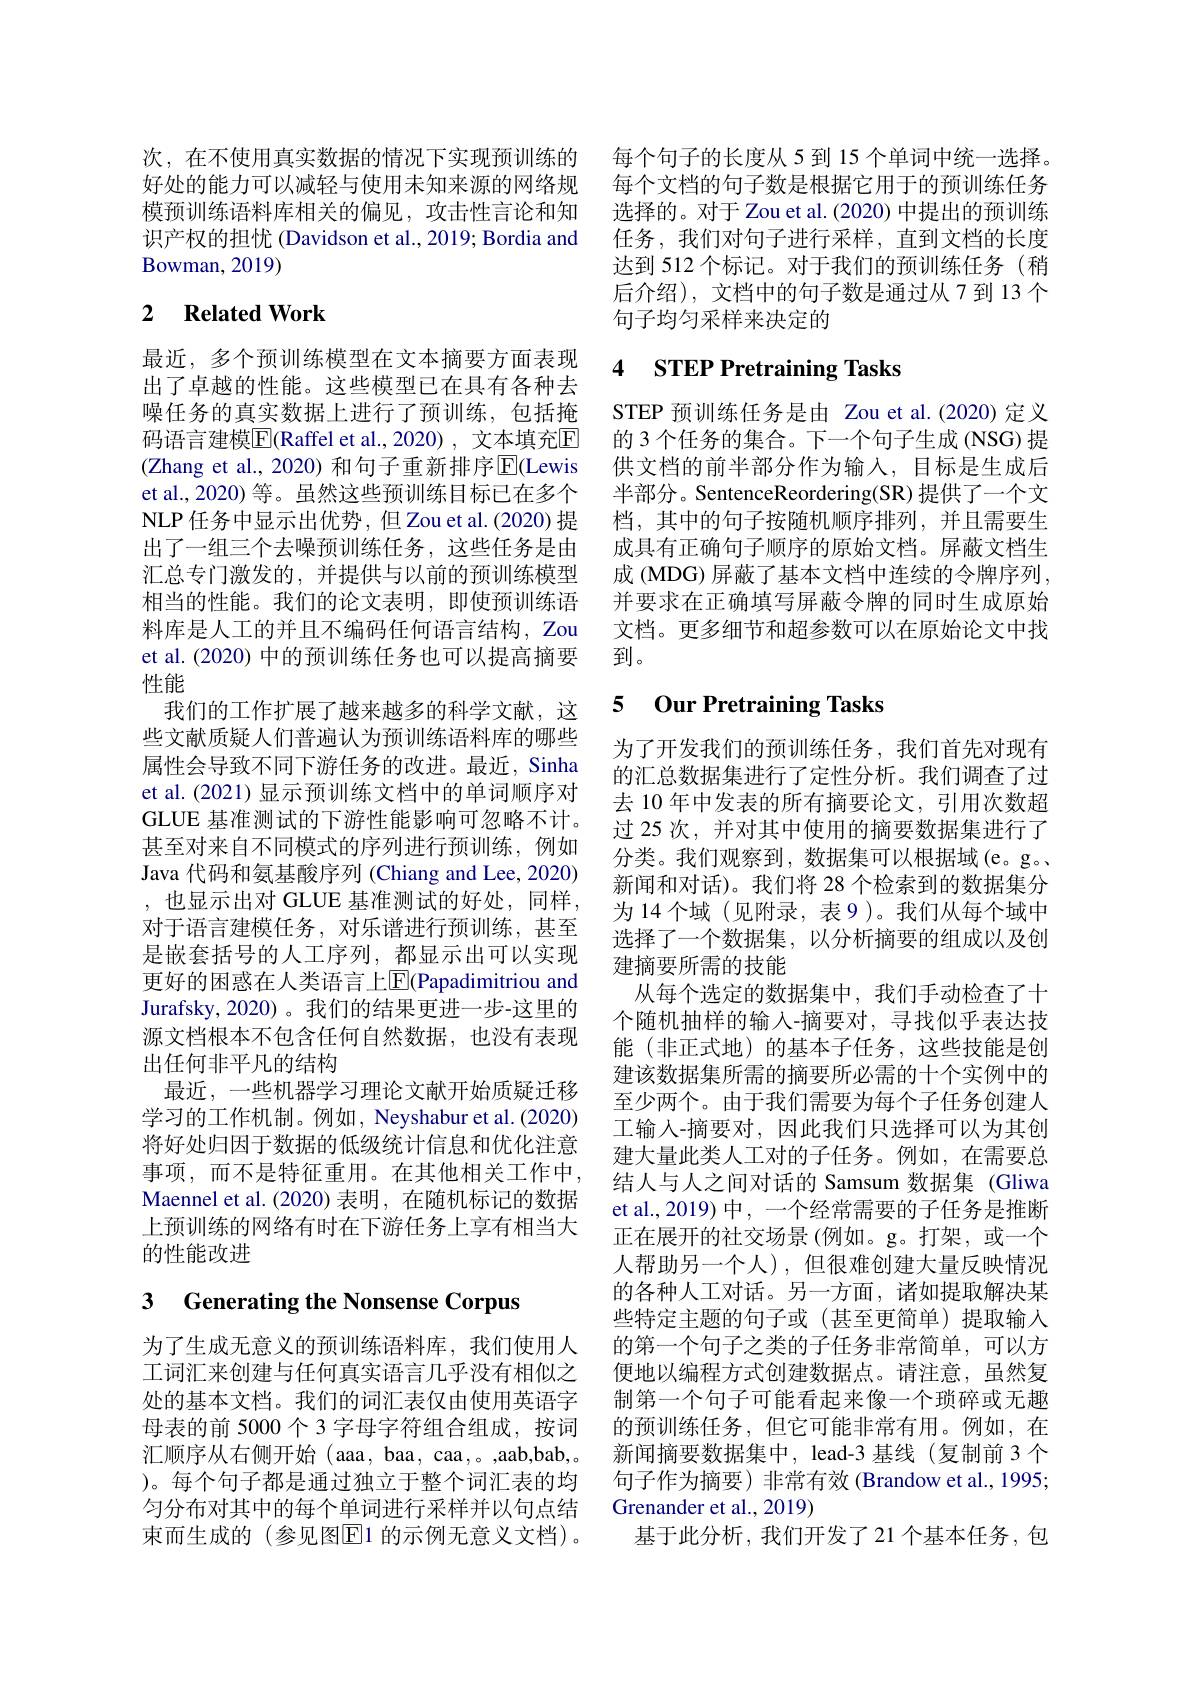
次，在不使用真实数据的情况下实现预训练的 每个句子的长度从 5 到 15 个单词中统一选择。好处的能力可以减轻与使用未知来源的网络规 每个文档的句子数是根据它用于的预训练任务模预训练语料库相关的偏见，攻击性言论和知 选择的。对于 Zou et al.(2020) 中提出的预训练识产权的担忧 (Davidson et al., 2019; Bordia and
Bowman, 2019)

# 2 Related Work

最近，多个预训练模型在文本摘要方面表现出了卓越的性能。这些模型已在具有各种去噪任务的真实数据上进行了预训练，包括掩码语言建模$\overline{\mathrm{E}}($Raffel et al.,2020), 文本填充$\overline{\mathrm{E}}$ (Zhang et al., 2020) 和句子重新排序$\overline{\mathrm{E}}$(Lewis et al., 2020) 等。虽然这些预训练目标已在多个NLP 任务中显示出优势，但 Zou et al.(2020) 提出了一组三个去噪预训练任务，这些任务是由汇总专门激发的，并提供与以前的预训练模型相当的性能。我们的论文表明，即使预训练语料库是人工的并且不编码任何语言结构，Zou et al. (2020) 中的预训练任务也可以提高摘要性能
我们的工作扩展了越来越多的科学文献，这些文献质疑人们普遍认为预训练语料库的哪些属性会导致不同下游任务的改进。最近，Sinha et al.(2021)显示预训练文档中的单词顺序对GLUE 基准测试的下游性能影响可忽略不计。甚至对来自不同模式的序列进行预训练，例如Java 代码和氨基酸序列 (Chiang and Lee, 2020) ,也显示出对 GLUE 基准测试的好处，同样， 对于语言建模任务，对乐谱进行预训练，甚至是嵌套括号的人工序列，都显示出可以实现更好的困惑在人类语言上$\overline{\mathrm{E}}($Papadimitriou and Jurafsky,2020)。我们的结果更进一步-这里的源文档根本不包含任何自然数据，也没有表现出任何非平凡的结构
最近，一些机器学习理论文献开始质疑迁移学习的工作机制。例如，Neyshabur et al.(2020) 将好处归因于数据的低级统计信息和优化注意事项，而不是特征重用。在其他相关工作中， Maennel et al. (2020) 表明，在随机标记的数据上预训练的网络有时在下游任务上享有相当大的性能改进

# 3 Generating the Nonsense Corpus

为了生成无意义的预训练语料库，我们使用人工词汇来创建与任何真实语言几乎没有相似之处的基本文档。我们的词汇表仅由使用英语字母表的前 5000个 3 字母字符组合组成，按词汇顺序从右侧开始(aaa,baa,caa,。,aab,bab,。)。每个句子都是通过独立于整个词汇表的均匀分布对其中的每个单词进行采样并以句点结束而生成的(参见图$\overline{\mathrm{F}}$1 的示例无意义文档)。

任务，我们对句子进行采样，直到文档的长度达到 512 个标记。对于我们的预训练任务 (稍后介绍), 文档中的句子数是通过从 7 到 13 个句子均匀采样来决定的

# 4 STEP Pretraining Tasks

STEP 预训练任务是由 Zou et al.(2020)定义的 3 个任务的集合。下一个句子生成 (NSG) 提供文档的前半部分作为输入，目标是生成后半部分。SentenceReordering(SR) 提供了一个文档，其中的句子按随机顺序排列，并且需要生成具有正确句子顺序的原始文档。屏蔽文档生成 (MDG) 屏蔽了基本文档中连续的令牌序列， 并要求在正确填写屏蔽令牌的同时生成原始文档。更多细节和超参数可以在原始论文中找到。

### 5 0ur Pretraining Tasks

为了开发我们的预训练任务，我们首先对现有的汇总数据集进行了定性分析。我们调查了过去 10 年中发表的所有摘要论文，引用次数超过 25 次，并对其中使用的摘要数据集进行了分类。我们观察到，数据集可以根据域(e。g。新闻和对话)。我们将 28 个检索到的数据集分为 14 个域 (见附录，表 9 )。我们从每个域中选择了一个数据集，以分析摘要的组成以及创建摘要所需的技能
从每个选定的数据集中，我们手动检查了十个随机抽样的输入-摘要对，寻找似乎表达技能(非正式地)的基本子任务，这些技能是创建该数据集所需的摘要所必需的十个实例中的至少两个。由于我们需要为每个子任务创建人工输人-摘要对，因此我们只选择可以为其创建大量此类人工对的子任务。例如，在需要总结人与人之间对话的 Samsum 数据集 (Gliwa et al.,2019) 中，一个经常需要的子任务是推断正在展开的社交场景(例如。g。打架，或一个人帮助另一个人),但很难创建大量反映情况的各种人工对话。另一方面，诸如提取解决某些特定主题的句子或(甚至更简单)提取输入的第一个句子之类的子任务非常简单，可以方便地以编程方式创建数据点。请注意，虽然复制第一个句子可能看起来像一个琐碎或无趣的预训练任务，但它可能非常有用。例如，在新闻摘要数据集中，lead-3 基线(复制前3个句子作为摘要)非常有效(Brandow et al., 1995; Grenander et al., 2019)
基于此分析，我们开发了21个基本任务，包